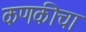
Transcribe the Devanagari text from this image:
कणकीचा